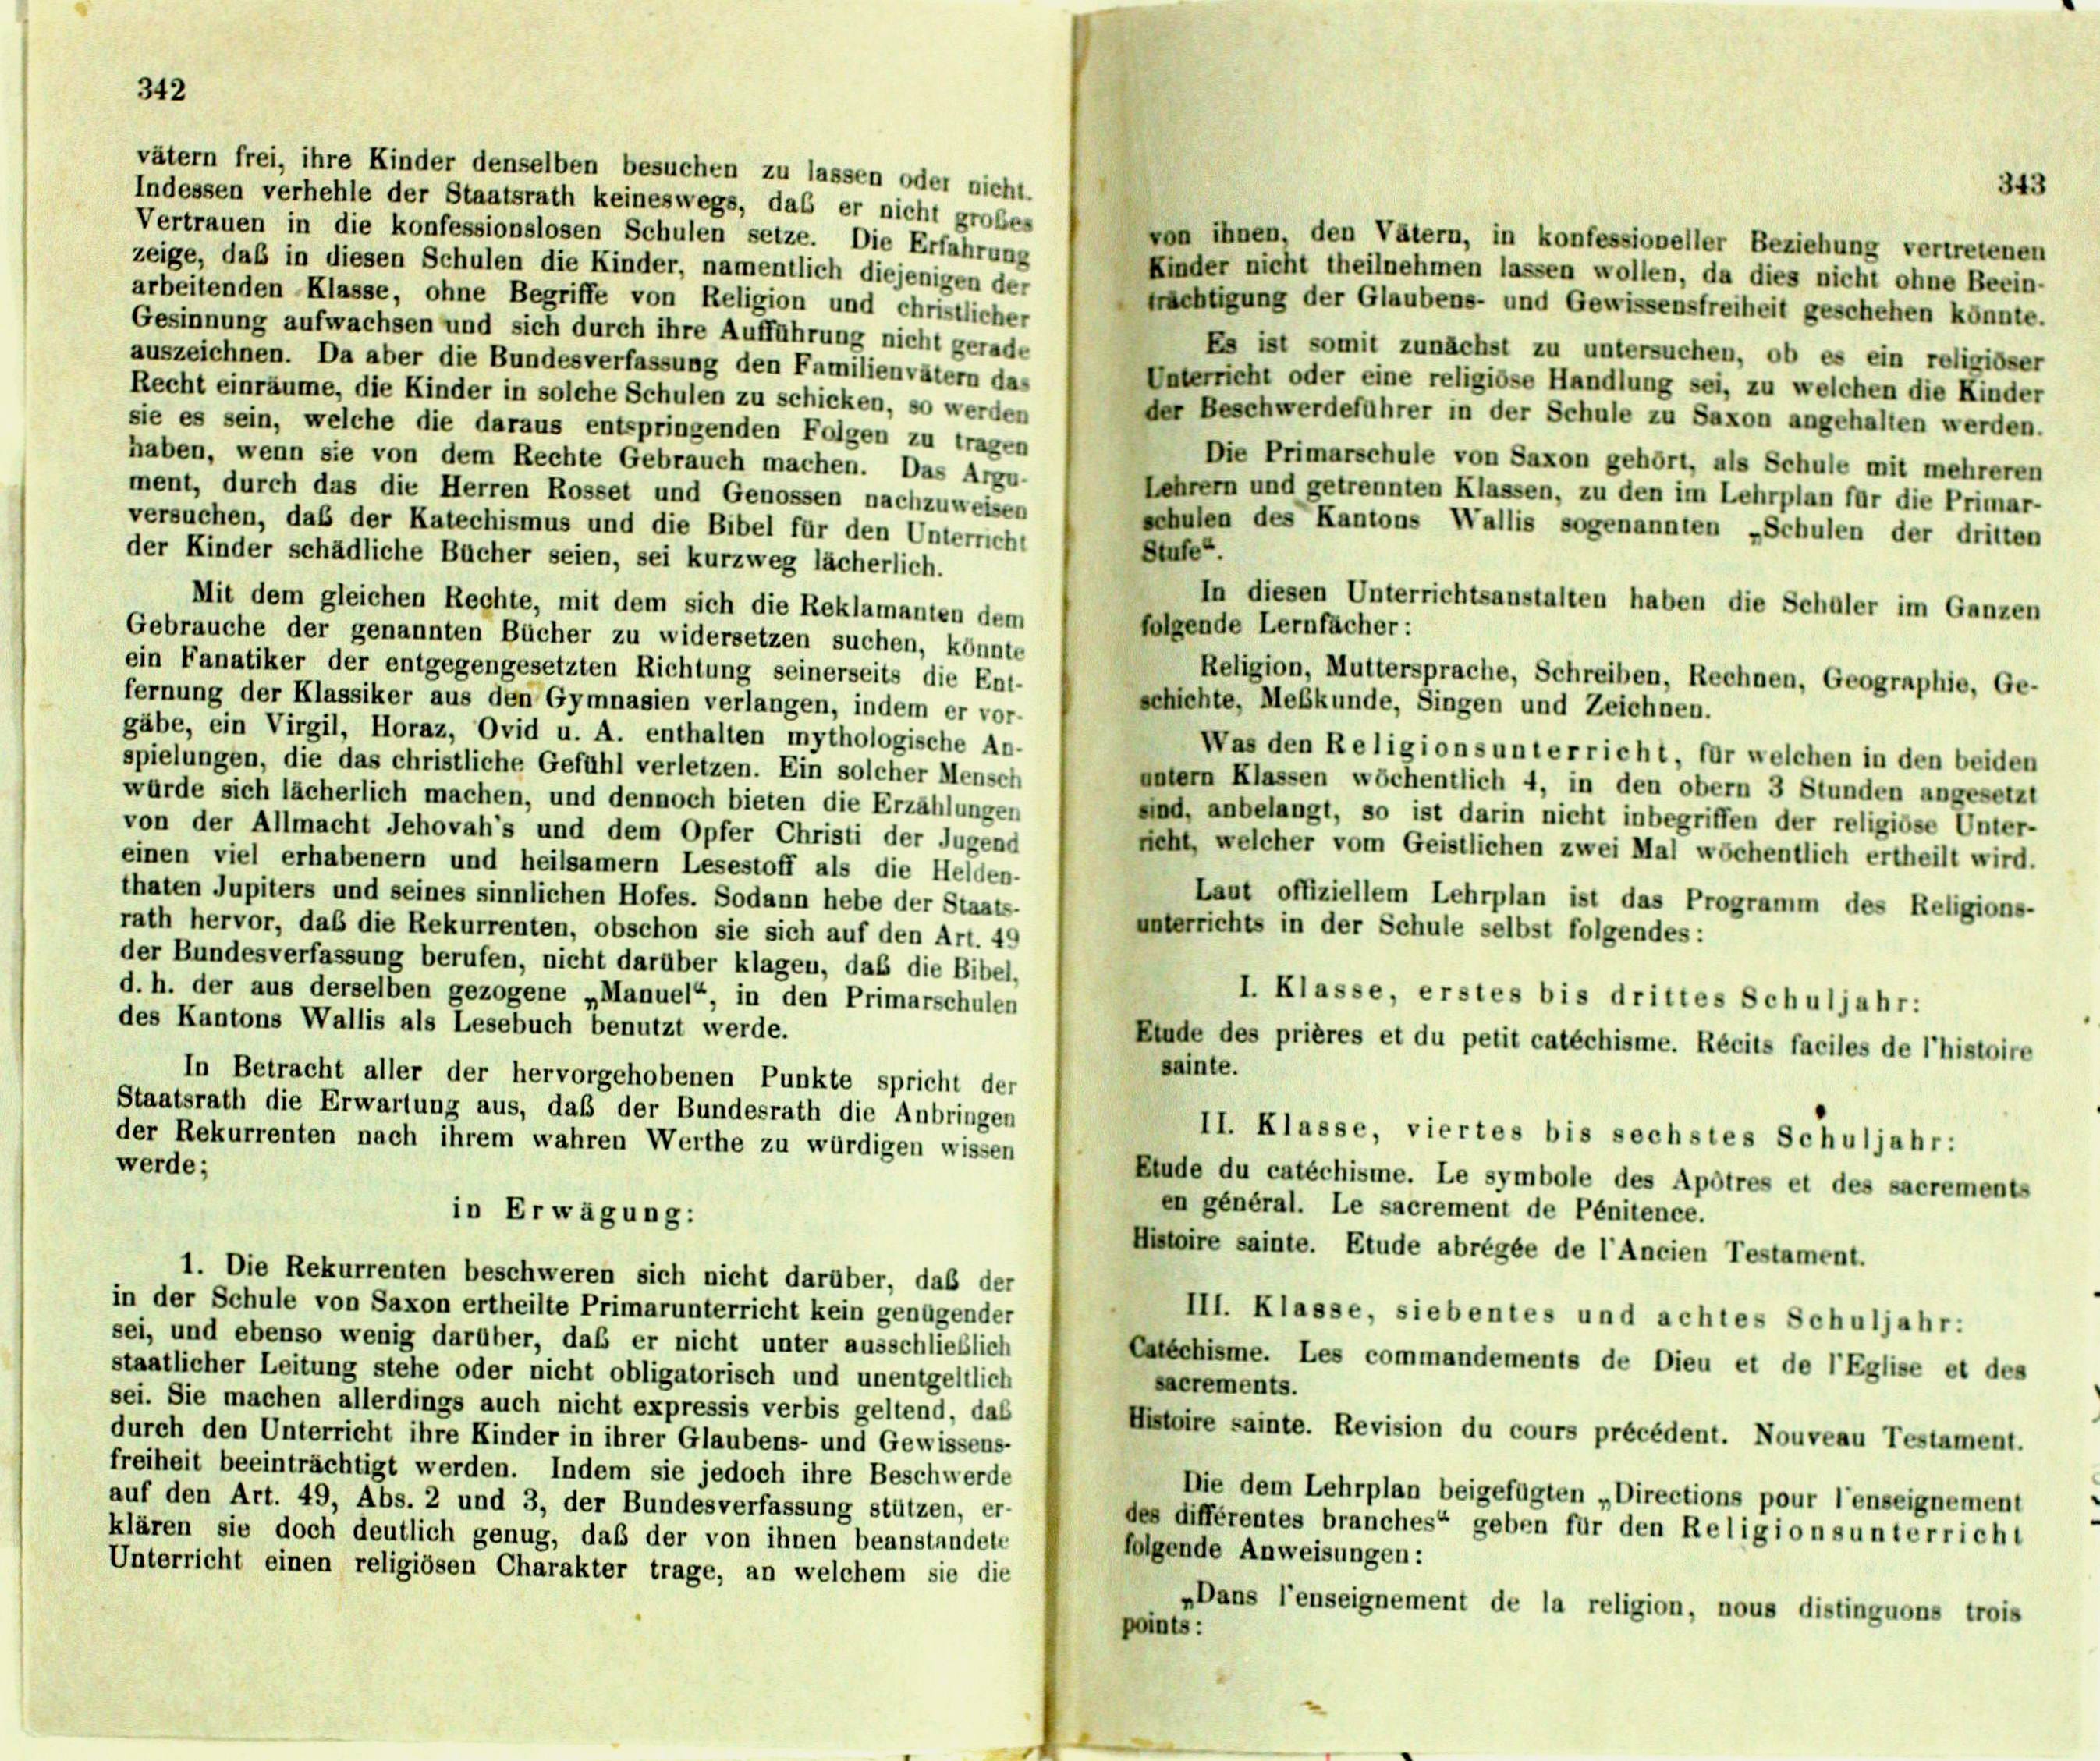
342

Indessen verhehle der Staatsrath keineswegs, das er nicht großes
Vertrauen in die konfessionslosen Schulen setze. Die Erfahrung
von ihnen, den Vätern, in konfessioneller Beziehung vertretenen
zeige, daß in diesen Schulen die Kinder, namentlich diejenigen der
Kinder nicht theilnehmen lassen wollen, da dies nicht ohne Beein-
arbeitenden Klasse, ohne Begriffe von Religion und christlicher
trächtigung der Glaubens- und Gewissensfreiheit geschehen könnte.
Gesinnung aufwachsen und sich durch ihre Aufführung nicht gerade
Es ist somit zunächst zu untersuchen, ob es ein religiöser
auszeichnen. Da aber die Bundesverfassung den Familienvätern das
Unterricht oder eine religiöse Handlung sei, zu welchen die Kinder
Recht einräume, die Kinder in solche Schulen zu schicken, so werden
der Beschwerdeführer in der Schule zu Saxon angehalten werden.
sie es sein, welche die daraus entspringenden Folgen zu tragen
haben, wenn sie von dem Rechte Gebrauch machen. Das Argu-
Die Primarschule von Saxon gehört, als Schule mit mehreren
ment, durch das die Herren Rosset und Genossen nachzuweisen
Lehrern und getrennten Klassen, zu den im Lehrplan für die Primar-
versuchen, daß der Katechismus und die Bibel für den Unterricht
schulen des Kantons Wallis sogenannten „Schulen der dritten
Stufe“.
der Kinder schädliche Bücher seien, sei kurzweg lächerlich.
In diesen Unterrichtsanstalten haben die Schaler im Ganzen
Mit dem gleichen Rechte, mit dem sich die Reklamanten dem
folgende Lernfächer:
Gebrauche der genannten Bücher zu widersetzen suchen, könnte
ein Fanatiker der entgegengesetzten Richtung seinerseits die Ent-
Religion, Muttersprache, Schreiben, Rechnen, Geographie, Ge-
fernung der Klassiker aus den Gymnasien verlangen, indem er vor-
schichte, Meßkunde, Singen und Zeichnen.
gäbe, ein Virgil, Horaz, Ovid u. A. enthalten mythologische Ab-
Was den Religions unterricht, für welchen in den beiden
spielungen, die das christliche Gefühl verletzen. Ein solcher Mensch
untern Klassen wöchentlich 4, in den obern 3 Stunden angesetzt
würde sich lächerlich machen, und dennoch bieten die Erzählungen
sind, anbelangt, so ist darin nicht inbegriffen der religiöse Unter-
von der Allmacht Jehovah’s und dem Opfer Christi der Jugend
reht, welcher vom Geistlichen zwei Mal wöchentlich ertheilt wird.
einen viel erhabenem und heilsamern Lesestoff als die Helden-
thaten Jupiters und seines sinnlichen Hofes. Sodann hebe der Staats-
Laut offiziellem Lehrplan ist das Programm des Religions-
unterrichts in der Schule selbst folgendes:
rath hervor, das die Rekurrenten, obschon sie sich auf den Art. 4.
der Bundesverfassung berufen, nicht darüber klagen, daß die Bibel-
d. h. der aus derselben gezogene „Manuel“, in den Primarschulen
I. Klasse, erstes bis drittes Schuljahr:
des Kantons Wallis als Lesebuch benutzt werde.
Blude des prières et du petit catéchisme. Récits faciles de l’histoire
sainte.
In Betracht aller der hervorgehobenen Punkte spricht der
Staatsrath die Erwartung aus, daß der Bundesrath die Anbringen
II. Klasse, viertes bis sechstes Schuljahr:
der Rekurrenten nach ihrem wahren Werthe zu würdigen wissen
werde;
Btude du catéchisme. Le symbole des Apôtres et des sacrements
en général. Le sacrement de Pénitence.
in Erwägung:
Histoire sainte. Etude abrégée de l’Ancien Testament.
1. Die Rekurrenten beschweren sich nicht darüber, daß der
in der Schule von Saxon ertheilte Primarunterricht kein genügender
III. Klasse, siebentes und achtes Schuljahr:
sei, und ebenso wenig darüber, das er nicht unter ausschließlich
Catechisme. Les commandements de Dieu et de l’Eglise et des
staatlicher Leitung stehe oder nicht obligatorisch und unentgeltlich
sacrements.
sei. Sie machen allerdings auch nicht expressis verbis geltend, das
Histoire sainte. Revision du cours précédent. Nouveau Testament.
durch den Unterricht ihre Kinder in ihrer Glaubens- und Gewissens-
freiheit beeinträchtigt werden. Indem sie jedoch ihre Beschwerde
Die dem Lehrplan beigefügten „Directions pour l’enseignement
auf den Art. 49, Abs. 2 und 3, der Bundesverfassung stützen, er-
des différentes branches“ geben für den Religionsunterricht
klären sie doch deutlich genug, daß der von ihnen beanstandete
folgende Anweisungen:
Unterricht einen religiösen Charakter trage, an welchem sie die
„Dans l’enseignement de la religion, nous distinguons trois
points:

vätern frei, ihre Kinder denselben besuchen zu lassen oder nicht.

343